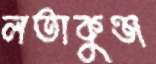
লতাকুঞ্জ